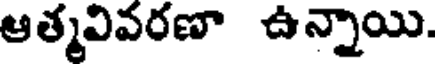
ఆత్మవివరణా ఉన్నాయి.